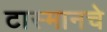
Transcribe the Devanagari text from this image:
टास्मानचे